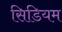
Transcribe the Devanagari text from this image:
सिडियम